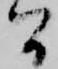
間